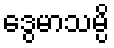
ဒွေမာသမ္ပိ